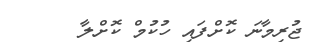
ޖުރިމާނަ ކޮށްފައި ހުކުމް ކޮށްލާ